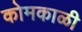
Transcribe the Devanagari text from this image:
कोमकाळी